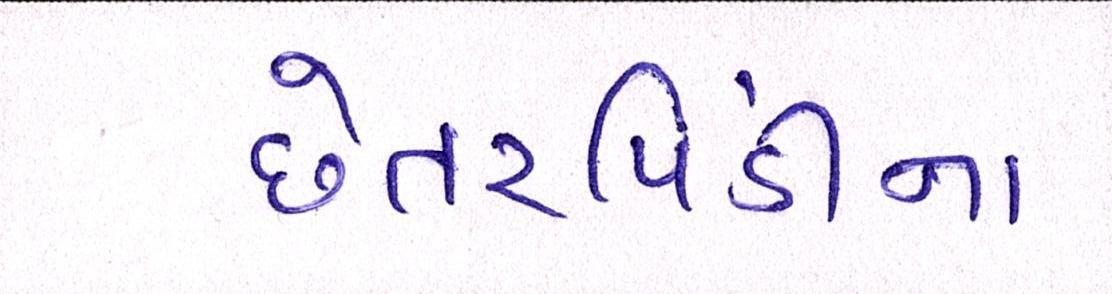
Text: છેતરપિંડીના